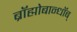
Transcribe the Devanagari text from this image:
ब्रॉह्मोबान्धॉब्